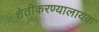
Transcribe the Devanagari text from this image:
शेतीकरण्यालायक